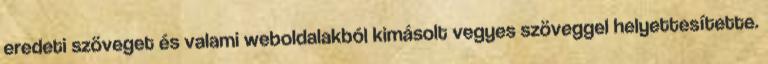
eredeti szöveget és valami weboldalakból kimásolt vegyes szöveggel helyettesítette.